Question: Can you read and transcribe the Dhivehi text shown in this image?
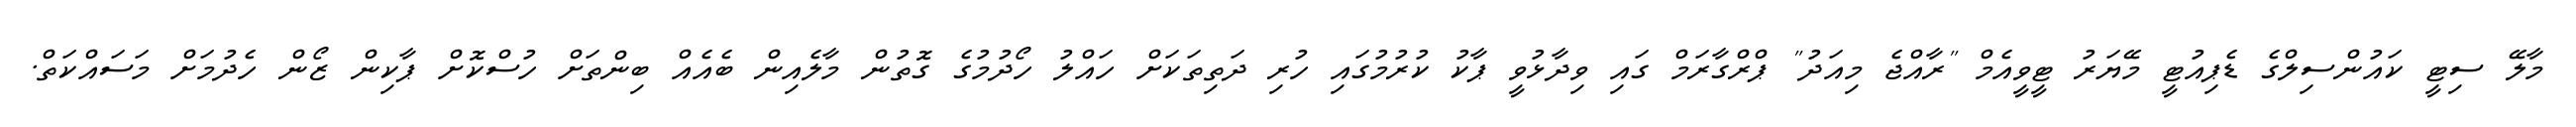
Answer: މާލޭ ސިޓީ ކައުންސިލްގެ ޑެޕިއުޓީ މޭޔަރު ޓީވީއެމް "ރާއްޖެ މިއަދު" ޕްރްގާރަމް ގައި ވިދާޅުވީ ޕާކު ކުރުމުގައި ހުރި ދަތިތަކަށް ހައްލު ހޯދުމުގެ ގޮތުން މާލެއިން ބެއެއް ބިންތަށް ހުސްކޮށް ޕާކިން ޒޯން ހެދުމަށް މަސައްކަތް.